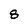
Character: 8